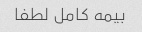
بیمه کامل لطفا